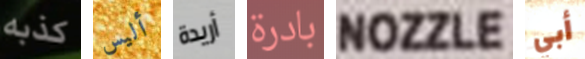
كذبه أليس أريدة بادرة NOZZLE أبي